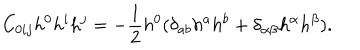
C _ { 0 i j } h ^ { 0 } h ^ { i } h ^ { j } = - \frac { 1 } { 2 } h ^ { 0 } ( \delta _ { a b } h ^ { a } h ^ { b } + \delta _ { \alpha \beta } h ^ { \alpha } h ^ { \beta } ) .